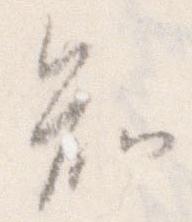
知